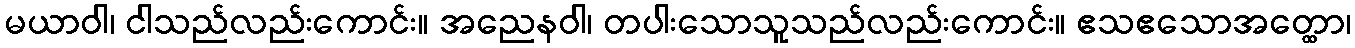
မယာဝါ၊ ငါသည်လည်းကောင်း။ အညေနဝါ၊ တပါးသောသူသည်လည်းကောင်း။ ဧသဧသောအတ္ထော၊